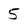
Character: 5